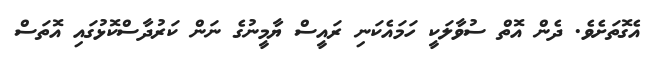
އެގޮތަށެވެ. ދެން އޮތް ސުވާލަކީ ހަމައެކަނި ރައީސް ޔާމީނުގެ ނަން ކަރުދާސްކޮޅުގައި އޮތަސް